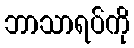
ဘာသာရပ်ကို